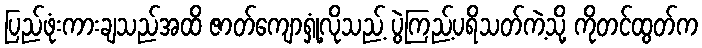
ပြည်ဖုံးကားချသည်အထိ ဇာတ်ကျောရှုံ့လိုသည့် ပွဲကြည့်ပရိသတ်ကဲ့သို့ ကိုတင်ထွတ်က